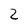
Character: 2